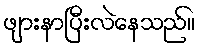
ဖျားနာပြီးလဲနေသည်။